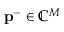
\ensuremath { \mathbf { p } } ^ { - } \in \mathbb { C } ^ { M }